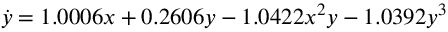
\dot { y } = 1 . 0 0 0 6 x + 0 . 2 6 0 6 y - { 1 . 0 4 2 2 x } ^ { 2 } y - 1 . 0 3 9 2 y ^ { 3 }